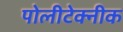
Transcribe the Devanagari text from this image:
पोलीटेक्नीक